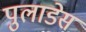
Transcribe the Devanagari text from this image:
पुलाडेस